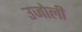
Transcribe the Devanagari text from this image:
उजोली